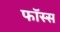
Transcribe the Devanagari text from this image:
फॉस्स